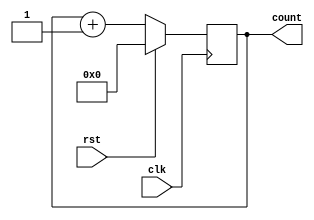
module question5d(
	input  wire      clk,
	input  wire      rst,
   output wire [3:0] count
   );

	always @ (posedge clk) begin
		if (rst) count <= 4'b0;
		else count <= count + 1'b1;
	end

endmodule